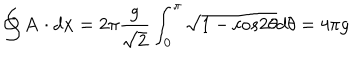
\oint { \bf A } \cdot d { \bf x } = 2 { \pi } \frac { g } { \sqrt 2 } \int _ { 0 } ^ { { \pi } } \sqrt { 1 - c o s 2 { \theta } } d { \theta } = 4 { \pi } g